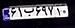
۶۱ب۶۹۷۱۰